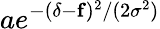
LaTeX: ae^{-(\delta-\mathbf{f})^{2}/(2\sigma^{2})}